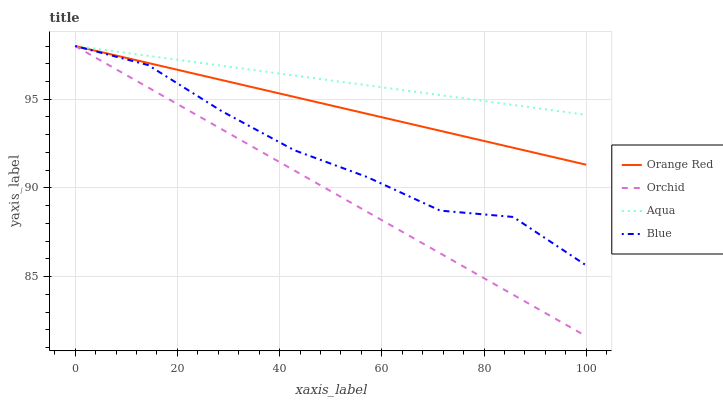
| xaxis_label | Orange Red | Orchid | Aqua | Blue |
 | --- | --- | --- | --- | --- |
 | 0 | 98 | 98 | 98 | 98 |
 | 14.3 | 97 | 95.7 | 97.4 | 96.9 |
 | 28.6 | 96.1 | 93.3 | 96.9 | 94.3 |
 | 42.9 | 95.1 | 91 | 96.3 | 92.1 |
 | 57.1 | 94.2 | 88.6 | 95.8 | 90.6 |
 | 71.4 | 93.2 | 86.3 | 95.2 | 88.7 |
 | 85.7 | 92.3 | 84 | 94.7 | 88.4 |
 | 100 | 91.3 | 81.6 | 94.1 | 85.6 |